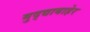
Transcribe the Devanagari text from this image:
मुद्द्याबाहेर